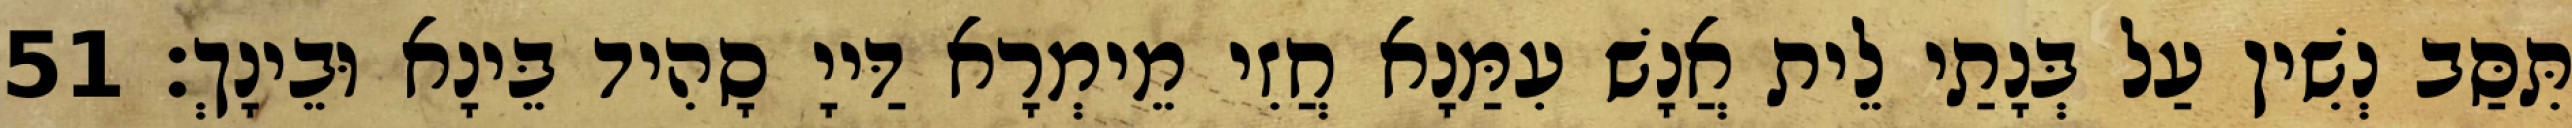
תִּסַּב נְשִׁין עַל בְּנָתַי לֵית אֲנָשׁ עִמַּנָא חֲזִי מֵימְרָא דַּייָ סָהִיד בֵּינָא וּבֵינָךְ׃ 51